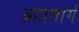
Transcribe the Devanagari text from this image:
ब्रहामार्ग